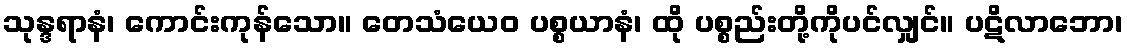
သုန္ဒရာနံ၊ ကောင်းကုန်သော။ တေသံယေဝ ပစ္စယာနံ၊ ထို ပစ္စည်းတို့ကိုပင်လျှင်။ ပဋိလာဘော၊